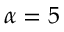
\alpha = 5